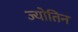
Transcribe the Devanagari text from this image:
ज्‍योतिन